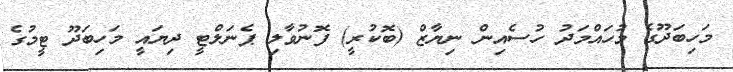
މަހިބަދޫގެ މުހައްމަދު ހުސެއިން ނިޔާޒް (ބޮކުރީ) ފޮނުވާލި ޕެނަލްޓީ ދިޔައީ މަހިބަދޫ ޓީމުގެ